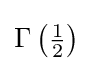
\Gamma \left({\tfrac {1}{2}}\right)